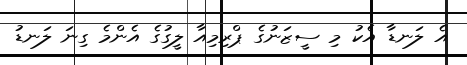
އެ ލަނޑާ އެކު މި ސީޒަނުގެ ޕްރިމިއާ ލީގުގެ އެންމެ ގިނަ ލަނޑު